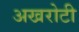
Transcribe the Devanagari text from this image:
अखरोटी